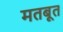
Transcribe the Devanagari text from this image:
मतबूत